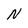
Character: N